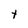
Character: t